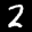
Label: 2